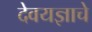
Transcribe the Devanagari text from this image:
देवयज्ञाचे